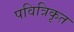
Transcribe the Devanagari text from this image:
पवित्रिकृत